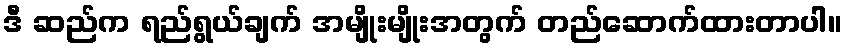
ဒီ ဆည်က ရည်ရွယ်ချက် အမျိုးမျိုးအတွက် တည်ဆောက်ထားတာပါ။